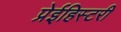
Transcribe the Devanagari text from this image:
प्रेईहिस्टरी